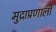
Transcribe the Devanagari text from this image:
मुद्राप्रणाली